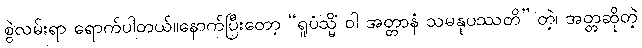
စွဲလမ်းရာ ရောက်ပါတယ်။နောက်ပြီးတော့ “ရူပံသ္မိံ ဝါ အတ္တာနံ သမနုပဿတိ” တဲ့၊ အတ္တဆိုတဲ့